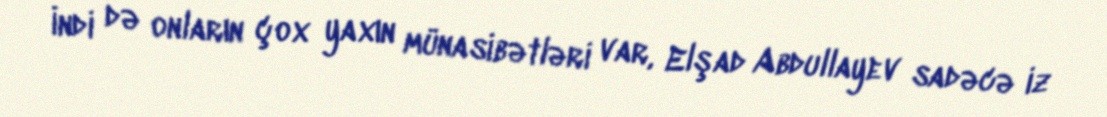
İndi də onların çox yaxın münasibətləri var, Elşad Abdullayev sadəcə iz